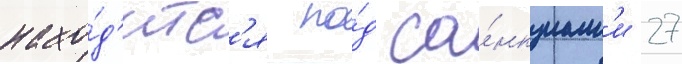
нахо́д'итс'я по́д са́нкциам'и 27